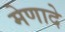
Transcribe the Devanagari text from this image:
मेणादे